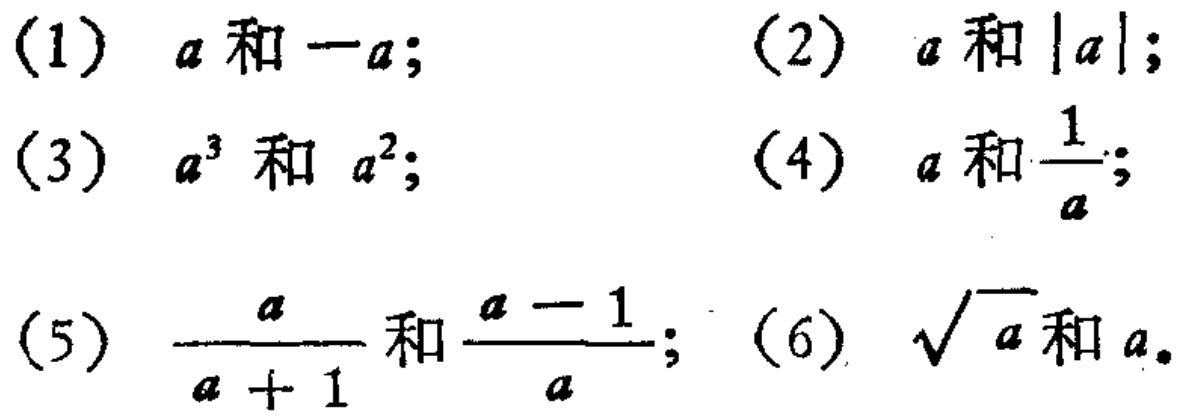
(1) \(a\)和\(-a\); (2) \(a\)和\(\vert a\vert\);
(3) \(a^{3}\)和 \(a^{2}\); (4) \(a\)和\(\frac{1}{a}\);
(5) \(\frac{a}{a + 1}\)和\(\frac{a - 1}{a}\); (6) \(\sqrt{a}\)和\(a\)。